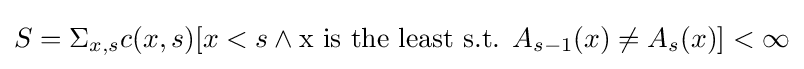
S=\Sigma _{x,s}c(x,s)[x<s\wedge {\text{x is the least s.t. }}A_{s-1}(x)\neq A_{s}(x)]<\infty